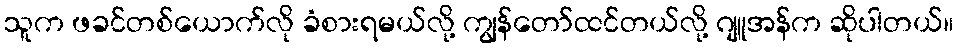
သူက ဖခင်တစ်ယောက်လို ခံစားရမယ်လို့ ကျွန်တော်ထင်တယ်လို့ ဂျူအန်က ဆိုပါတယ်။